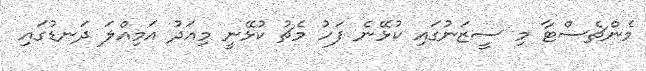
މެންޗެސްޓާ މި ސީޒަނުގައި ކުޅޭނެ ފަހު މެޗު ކުޅޭނީ މިއަދު އަމިއްލަ ދަނޑުގައި